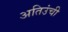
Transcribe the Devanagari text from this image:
अतिउंची